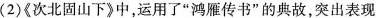
( 2 )《 次北固山下 》中，运用了” 鸿雁传书 ”的典故，突出表现